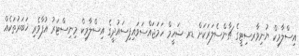
އިސްލާމިކް ޔުނިވާރސިޓީގެ ޗާންސެލަރަކަށް ޑރ ޝަހީމް ހަމަޖައްސަވައިފިސައުދީގެ އިސްލާމިކް މިނިސްޓަރު އުފާވެރި ޚަބަރުތަކެއް